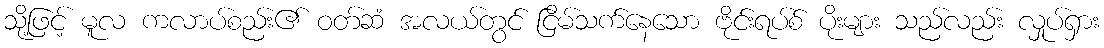
သို့ဖြင့် မူလ ကလာပ်စည်း၏ ဝတ်ဆံ အလယ်တွင် ငြိမ်သက်နေသော ဗိုင်းရပ်စ် ပိုးများ သည်လည်း လှုပ်ရှား